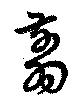
翦